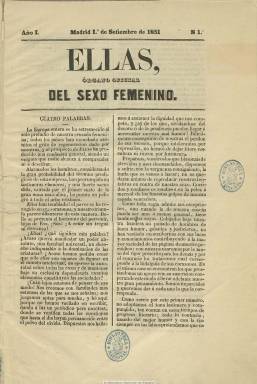
Título: Ellas (Madrid)
Colección: Revistas femeninas
Ámbito geográfico: Madrid
Lugar de publicación: Madrid
Fechas: 01/09/1851-08/11/1851

A los pocos meses de que en la Asamblea Nacional francesa –durante el período de su segunda república (1848-1851)- fuesen reivindicados nuevos derechos para la emancipación de la mujer y en pleno gabinete isabelino ultramoderado presidido por Juan Bravo Murillo, aparece Ellas, que, subtitulada “órgano oficial del sexo femenino”, va a iniciar una visión del periodismo femenino desconocido hasta entonces en España, por su tono avanzado, reivindicativo y liberal radical, que lamentará el yugo en el que el hombre tiene sometida a la mujer.

En su primer número, de uno de septiembre de 1851, Alicia Pérez de Gascuña, que firma como editora de la publicación, escribe: “La Europa entera se ha estremecido al solo preludio de nuestra cruzada femenina; todos los países han escuchado atónitos el grito de regeneración dado por nosotras, y el prospecto de Ellas ha producido una confusión general, siendo un enigma que nadie alcanza a comprender ni a descifrar”. Efectivamente, dicho prospecto, que había acabado con el grito “!Abajo la soberanía cruel del hombre!”, encontró una airada respuesta en los otros periódicos –los “masculinos”-, y como muestra, el desprecio en Las novedades del 25 de agosto: “Más ganaríais, escritorcillas, en sellar vuestra boca y no pronunciar ridiculeces tantas”.

Será precisamente el papel de escritoras que reivindican las mujeres uno de los pilares de la nueva publicación, que considerará la instrucción de la mujer como sinónimo de emancipación, a la vez que criticará la educación que hasta entonces se les había dirigido, de tal forma que la publicación quiere ser un ejemplo de alejamiento del modelo de prensa femenina hasta entonces, el de “modas y salones”.

En su redacción se van a dar cita Emilia Pallarés, Vicenta García Miranda, Amalia Fenollosa, Robustiana Armiño de Cuesta, Dolores Cabrera y Heredia, Ángela Grassi y Tecchi, Carolina Coronado, Emilia Tamarit, Salomé Abellá, Vicenta García Miranda, Luisa Núñez, Matilde López, Venancia López Villabrille, Josefa Maestre, Juana María Díaz, María Belianis, Paz de Vera, Manuela Morán, Pilar Rayán, entre otras, así como con el seudónimo La Huérfana Numantina o La Alavesa. Que estarán acompañadas por colaboradores masculinos, entre los que se encuentran Juan Martínez Villergas, Teodoro Guerrero o Eugenio Olavarría.

Sus dos primeras entregas son quincenales, de ocho páginas, a las que añade un cuadernillo de poemas de otras ocho. A partir de su número 3 se hace semanal y modifica el subtítulo a: “gaceta del bello sexo”, a la vez que tendrá fija una “revista de modas” y empezará a repartir los consabidos figurines, lo que refleja el cambio que empieza a experimentar la publicación, aunque seguirá publicando artículos de fondo de corte feminista, muchos de ellos dedicados a la instrucción y educación. También publicará una revista de teatros y una sección de literatura, con textos en prosa y en verso.

La colección de la Biblioteca Nacional de España acaba en el número 7, correspondiente al ocho de noviembre de 1851. La bibliografía de referencia indica que exactamente dos meses después cambia a: Gaceta del bello sexo: revista de literatura, educación, novedades, teatros y modas; a partir del 30 de enero de 1852 cambia de nuevo a: Álbum de señoritas: periódico de literatura, música, teatros y modas; y el ocho de enero de 1853 a: Álbum de señoritas y correo de modas, fruto de la fusión con El correo de la moda, que había sido fundado el uno de noviembre de 1851.